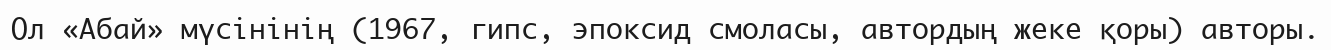
Ол «Абай» мүсінінің (1967, гипс, эпоксид смоласы, автордың жеке қоры) авторы.